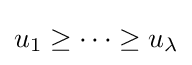
u_{1}\geq \dots \geq u_{\lambda }